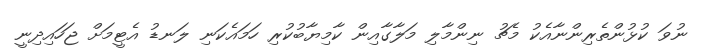
ނުވަ ކުޅުންތެރިންނާއެކު މެޗު ނިންމާލި މަލާގާއިން ކާމިޔާބުކުރި ހަމައެކަނި ލަނޑު އެޓީމަށް ޖަހައިދިނީ